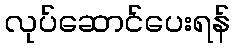
လုပ်ဆောင်ပေးရန်